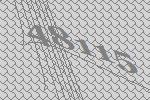
48115